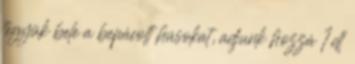
tegyük bele a bepácolt húsokat, adjunk hozzá 1 dl